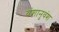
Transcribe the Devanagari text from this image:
वंशानुवंश